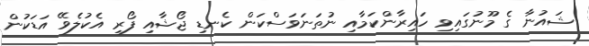
ޝައުނާ ގެ މޫނުގައިވި ހައިރާންކަމާއި ނުތަނަވަސްކަން ކެނޑި ޖޯޝާއި ފޯރި އެކުލެވޭ އަޑަކުން